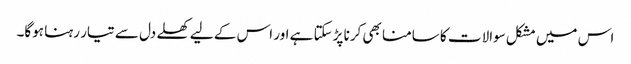
اس میں مشکل سوالات کا سامنا بھی کرنا پڑسکتا ہے اور اس کے لیے کھلے دل سے تیار رہنا ہوگا۔